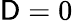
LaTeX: \mathsf{D}=0